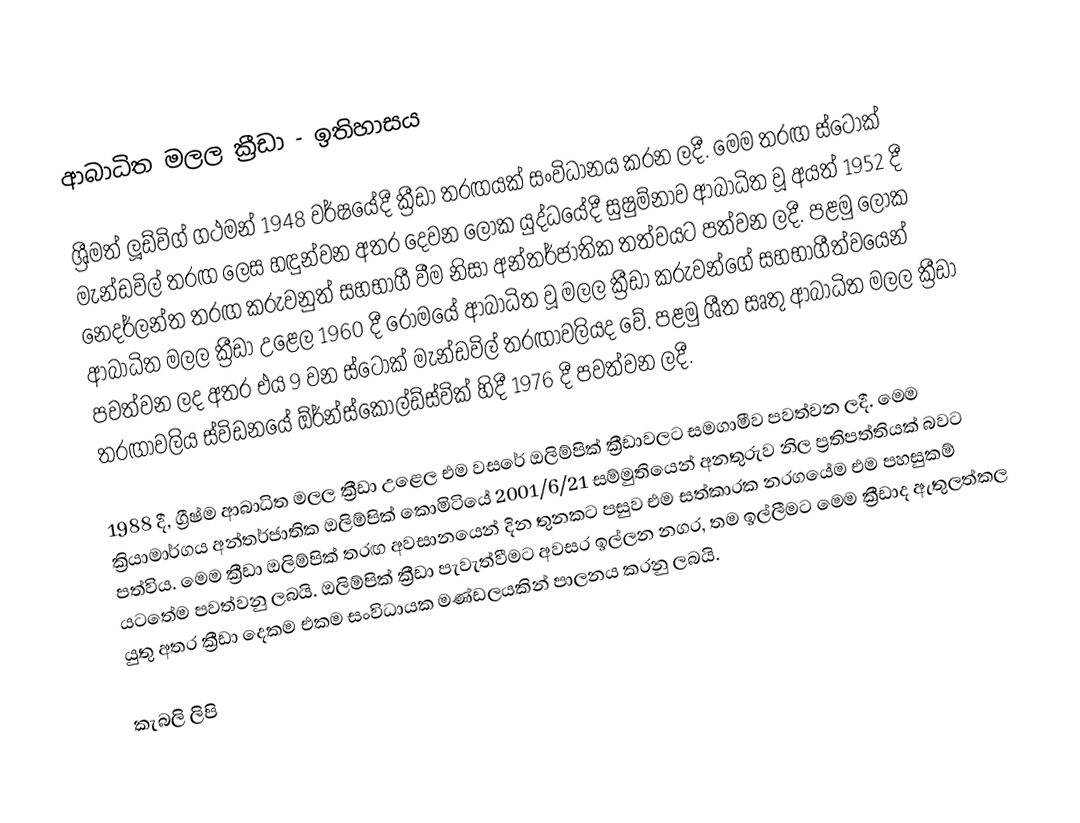
ආබාධිත මලල ක්‍රීඩා - ඉතිහාසය

ශ්‍රීමත් ලූඩ්විග් ගථමන් 1948 වර්ෂයේදී ක්‍රීඩා තරඟයක් සංවිධානය කරන ලදී. මෙම තරඟ ස්ටෝක් මැන්ඩවිල් තරඟ ලෙස හඳුන්වන අතර දෙවන ලෝක යුද්ධයේදී සුෂුම්නාව ආබාධිත වූ අයත් 1952 දී නෙදර්ලන්ත තරඟ කරුවනුත් සහභාගී වීම නිසා අන්තර්ජාතික තත්වයට පත්වන ලදී. පළමු ලෝක ආබාධිත මලල ක්‍රීඩා උළෙල 1960 දී රෝමයේ ආබාධිත වූ මලල ක්‍රීඩා කරුවන්ගේ සහභාගීත්වයෙන් පවත්වන ලද අතර එය 9 වන ස්ටෝක් මැන්ඩවිල් තරඟාවලියද වේ. පළමු ශීත සෘතු ආබාධිත මලල ක්‍රීඩා තරඟාවලිය ස්විඩනයේ ඕර්න්ස්කොල්ඩ්ස්වික් හිදී 1976 දී පවත්වන ලදී.

1988 දී, ග්‍රීෂ්ම ආබාධිත මලල ක්‍රීඩා උළෙල එම වසරේ ඔලිම්පික් ක්‍රීඩාවලට සමගාමීව පවත්වන ලදී. මෙම ක්‍රියාමාර්ගය අන්තර්ජාතික ඔලිම්පික් කොමිටියේ 2001/6/21 සම්මුතියෙන් අනතුරුව නිල ප්‍රතිපත්තියක් බවට පත්විය. මෙම ක්‍රීඩා ඔලිම්පික් තරඟ අවසානයෙන් දින තුනකට පසුව එම සත්කාරක නරගයේම එම පහසුකම් යටතේම පවත්වනු ලබයි‍. ඔලිම්පික් ක්‍රීඩා පැවැත්වීමට අවසර ඉල්ලන නගර, තම ඉල්ලීමට මෙම ක්‍රීඩාද ඇතුලත්කල යුතු අතර ක්‍රීඩා දෙකම එකම සංවිධායක මණ්ඩලයකින් පාලනය කරනු ලබයි.

කැබලි ලිපි